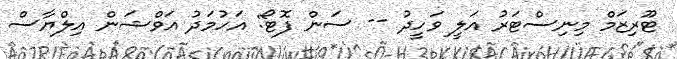
ޓޫރިޒަމް މިނިސްޓަރު އަލީ ވަހީދު -- ސަން ފޮޓޯ: އަހުމަދު އަވްޝަން އިލްޔާސް